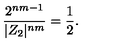
\frac { 2 ^ { n m - 1 } } { | Z _ { 2 } | ^ { n m } } = \frac { 1 } { 2 } .